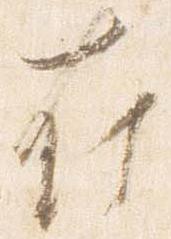
在